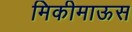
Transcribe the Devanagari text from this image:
मिकीमाऊस